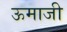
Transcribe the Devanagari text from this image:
ऊमाजी